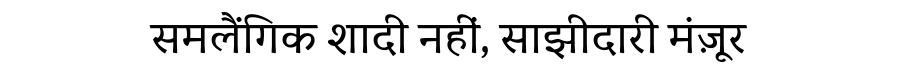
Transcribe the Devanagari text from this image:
समलैंगिक शादी नहीं, साझीदारी मंज़ूर